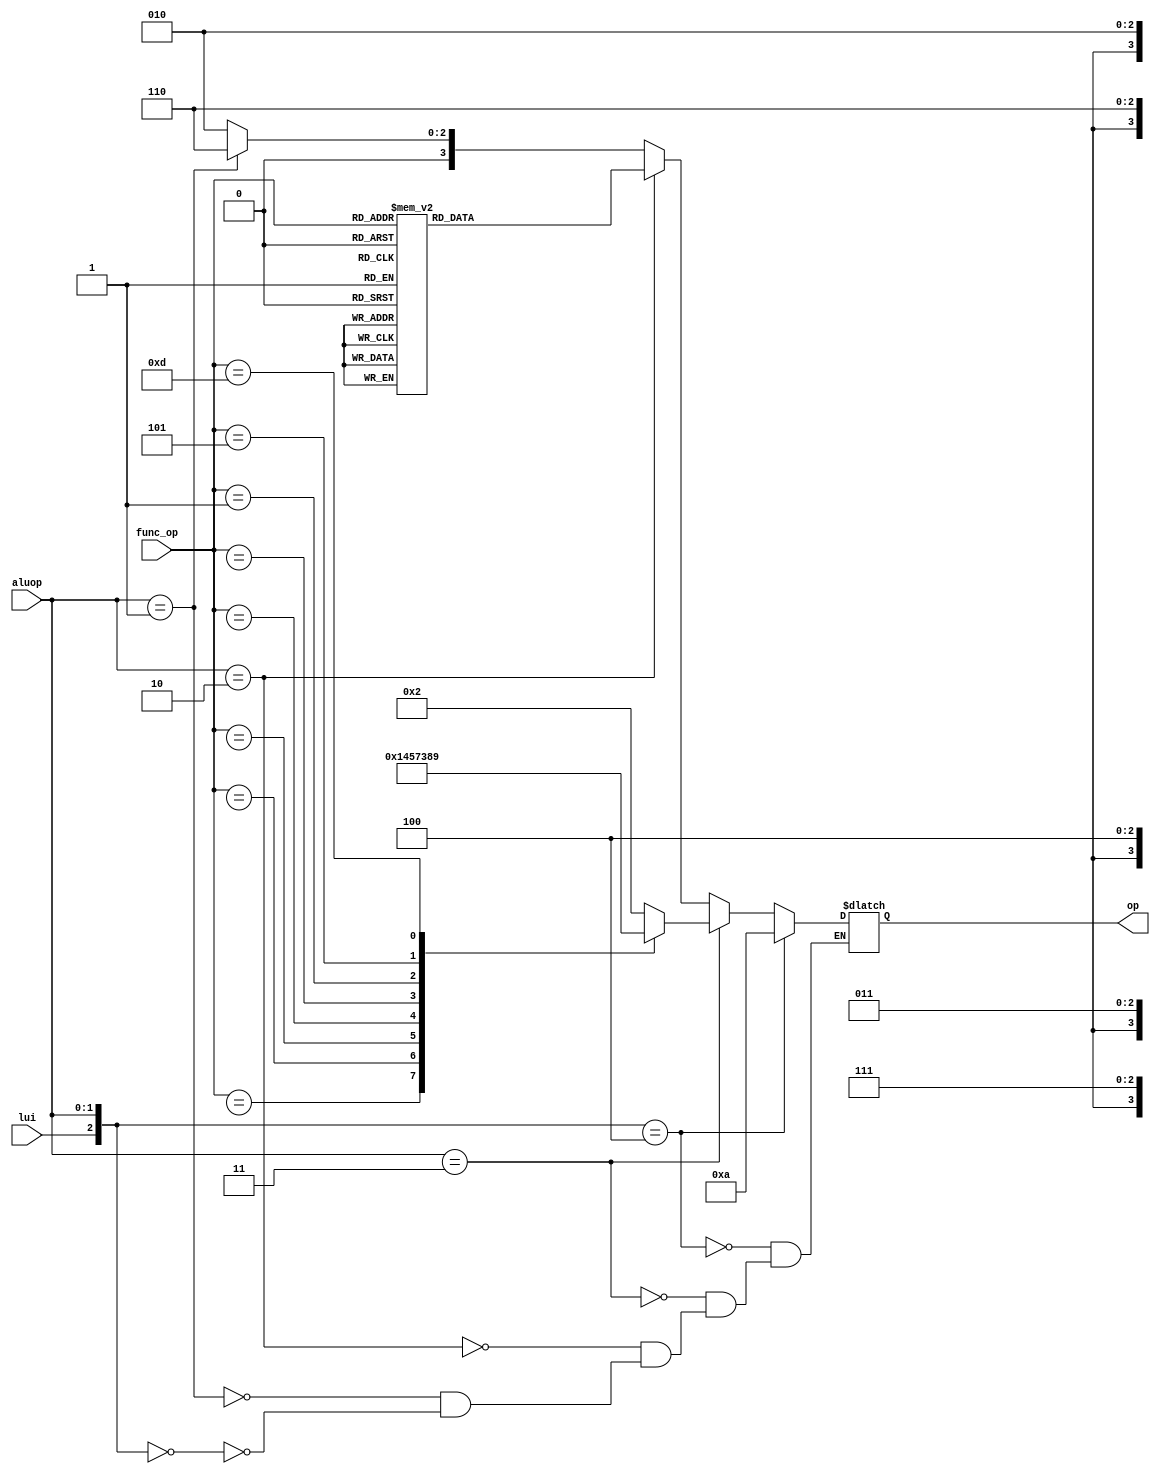
module ALU_Control ( aluop,
							func_op,
							lui,
							op
							);
							
input wire[1:0] aluop;
input wire[3:0] func_op;
input lui;
reg[3:0] opR;
reg[3:0] opI;
output reg[3:0] op;

always @(*) 
begin 
	case(func_op)
		4'b0111:opR <= 4'b0000;//and
		4'b0110:opR <= 4'b0001;//or
		4'b0000:opR <= 4'b0010;//add
		4'b0001:opR <= 4'b0011;//sll
		4'b0010:opR <= 4'b0100;//slt
		4'b0011:opR <= 4'b0101;//sltu
		4'b1000:opR <= 4'b0110;//sub
		4'b0100:opR <= 4'b0111;//xor
		4'b0101:opR <= 4'b1000;//srl
		4'b1101:opR <= 4'b1001;//sra
		default:opR <= 4'b0010;
	endcase
end

always @(*) 
begin 
	case(func_op)
		4'bx111:opI <= 4'b0000;//andi
		4'bx110:opI <= 4'b0001;//ori
		4'bx000:opI <= 4'b0010;//addi
		4'bx010:opI <= 4'b0100;//slti
		4'bx011:opI <= 4'b0101;//sltiu
		4'bx100:opI <= 4'b0111;//xori
		4'b0001:opI <= 4'b0011;//slli
		4'b0101:opI <= 4'b1000;//srli
		4'b1101:opI <= 4'b1001;//srai
		default:opI <= 4'b0010;
	endcase	
end


always @(*)
begin
	if({lui,aluop} == 3'b000)
		begin
			op <= 4'b0010;
		end
		
	if(aluop == 2'b01)
		begin
			op <= 4'b0110;
		end
		
	if(aluop == 2'b10)
		begin
			op <= opR;
		end
		
	if(aluop == 2'b11)
		begin
			op <= opI;
		end
	if({lui,aluop} == 3'b100)
		begin
			op <= 4'b1010;
		end
end
endmodule